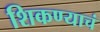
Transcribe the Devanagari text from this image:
शिकण्याचं